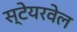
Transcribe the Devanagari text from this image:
स्टेयरवेल